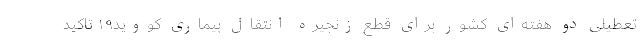
تعطیلی دو هفته‌ای کشور برای قطع زنجیره انتقال بیماری کووید۱۹ تاکید